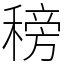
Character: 䅭